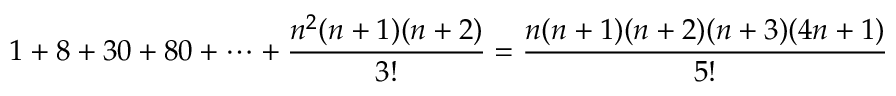
1 + 8 + 3 0 + 8 0 + \cdots + { \frac { n ^ { 2 } ( n + 1 ) ( n + 2 ) } { 3 ! } } = { \frac { n ( n + 1 ) ( n + 2 ) ( n + 3 ) ( 4 n + 1 ) } { 5 ! } }